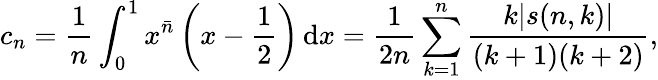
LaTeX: c_{n}={\frac{1}{n}}\int_{0}^{1}x^{\bar{n}}\left(x-{\frac{1}{2}}\right)\, \mathrm{{d}}x={\frac{1}{2n}}\sum_{k=1}^{n}{\frac{k|s(n,k)|}{(k+1)(k+2)}},